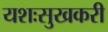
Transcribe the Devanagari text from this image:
यशःसुखकरी